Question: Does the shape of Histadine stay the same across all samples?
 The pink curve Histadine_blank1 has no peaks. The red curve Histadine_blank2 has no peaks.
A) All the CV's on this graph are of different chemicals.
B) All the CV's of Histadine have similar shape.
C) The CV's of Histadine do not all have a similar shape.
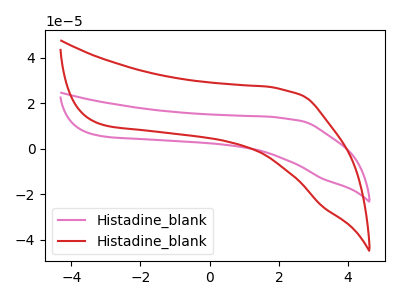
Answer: <think>Neither "Histadine_blank1" or "Histadine_blank2" have any peaks.
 </think>
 <answer>B) All the CV's of "Histadine" have similar shape.</answer>
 <eval>B</eval>